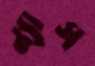
ন্যাস